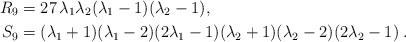
LaTeX: \begin{align*} R_9 & = 27 \, \lambda_1 \lambda_2 (\lambda_1-1) (\lambda_2-1), \\ S_9 & = (\lambda_1+1)(\lambda_1-2)(2\lambda_1-1) (\lambda_2+1)(\lambda_2-2)(2\lambda_2-1) \;.\end{align*}